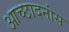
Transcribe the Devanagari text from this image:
आच्छादनांस